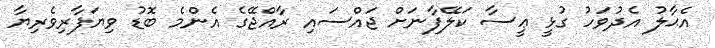
އެޙާލު އެދުވަހު ގުޅީ ޢީސާ ކަލޭފާނަށް ޖައްސައި ރާއްޖޭގެ އެންމެ ބޮޑު ވިޔަފާރިވެރިޔާ